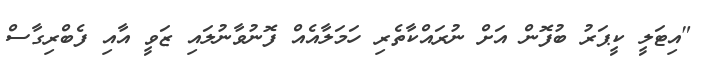
"އިޓަލީ ކީޕަރު ބުފޮން އަށް ނުރައްކާތެރި ހަމަލާއެއް ފޮނުވާނުލައި ޒަވީ އާއި ފެބްރިގާސް